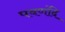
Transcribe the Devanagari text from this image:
पवणंदि